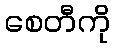
စေတီကို